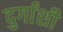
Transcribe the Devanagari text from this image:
दुर्गांशी